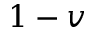
1 - v